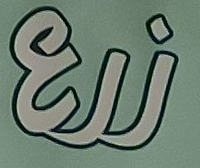
زرع